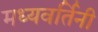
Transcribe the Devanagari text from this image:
मध्यवर्तिनी